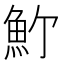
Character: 𩵜